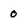
Character: 0